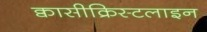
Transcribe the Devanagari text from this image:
क्वासीक्रिस्टलाइन